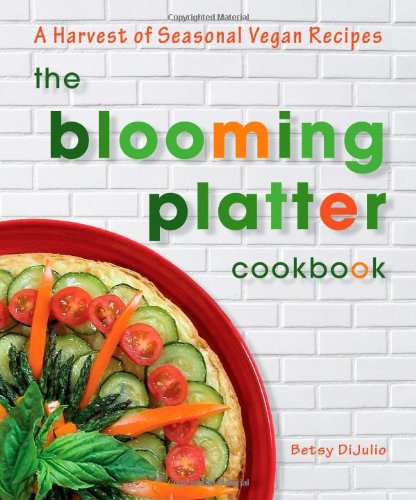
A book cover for The Blooming Platter Cookbook: A Harvest of Seasonal Vegan Recipes; Betsy DiJulio; Cookbooks, Food & Wine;